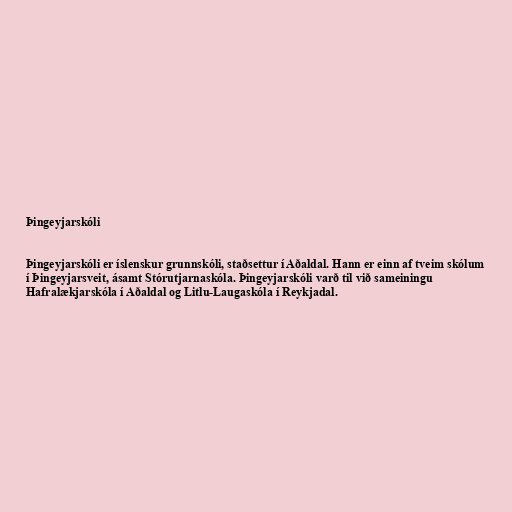
Þingeyjarskóli

Þingeyjarskóli er íslenskur grunnskóli, staðsettur í Aðaldal. Hann er einn af tveim skólum
í Þingeyjarsveit, ásamt Stórutjarnaskóla. Þingeyjarskóli varð til við sameiningu
Hafralækjarskóla í Aðaldal og Litlu-Laugaskóla í Reykjadal.